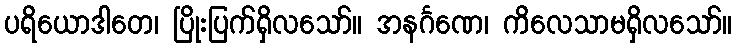
ပရိယောဒါတေ၊ ပြိုးပြက်ရှိလသော်။ အနင်္ဂဏေ၊ ကိလေသာမရှိလသော်။